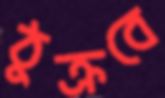
ঠুক্‌রবে